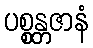
ပစ္စန္တဇာနံ